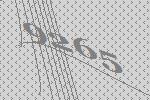
9265